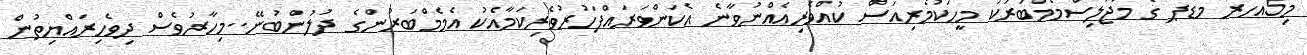
މި5އަހަރު މޑޕ ގެ މަޖުލިސްމެމްބަރަކު މީހަކުމެރިއަސް ކުއްވެރިއެއްނުވާނެ އެކަންވަރައްފަހުރުވެރިކަމާއެކު އެމެމްބަރުންގެ ދުލުންބުނޭ..މިހާރުވެސް ދިވެހިރައްޔިތުން